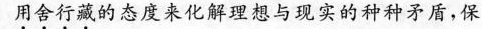
用舍行藏的态度来化解理想与现实的种种矛盾，保